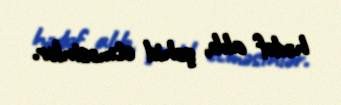
hədəf alıb, şəhid etməsinlər.